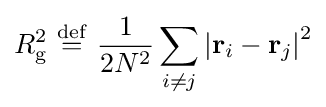
R_{\mathrm {g} }^{2}\ {\stackrel {\mathrm {def} }{=}}\ {\frac {1}{2N^{2}}}\sum _{i\neq j}\left|\mathbf {r} _{i}-\mathbf {r} _{j}\right|^{2}